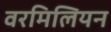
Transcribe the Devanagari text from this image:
वरमिलियन